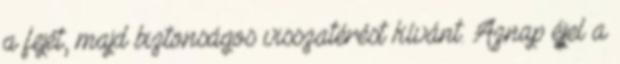
a fejét, majd biztonságos visszatérést kívánt. Aznap éjjel a